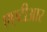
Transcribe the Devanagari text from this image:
एएटीआर